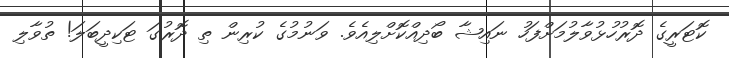
ކޮޓަރީގެ ދޮރުހުޅުވާލުމަށްފަހު ނައިޝާ ބޯދިއްކޮށްލިއެވެ. ވަނުމުގެ ކުރިން ތި ދޮރުގަ ޓަކިދީބަލަ! ތުވާލި